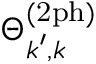
\Theta _ { \boldsymbol { k } ^ { \prime } , \boldsymbol { k } } ^ { ( \mathrm { 2 p h } ) }